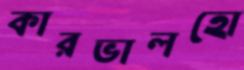
কারভালহো